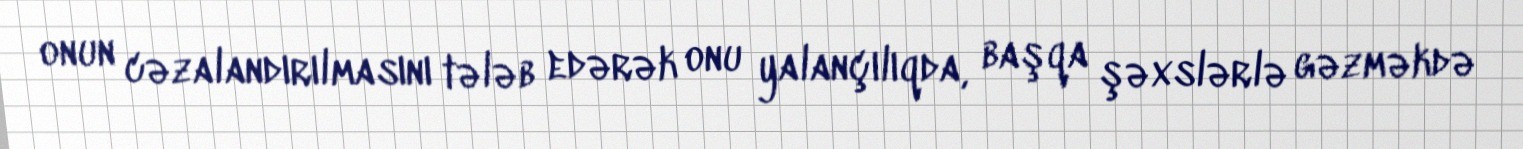
onun cəzalandırılmasını tələb edərək onu yalançılıqda, başqa şəxslərlə gəzməkdə